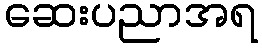
ဆေးပညာအရ